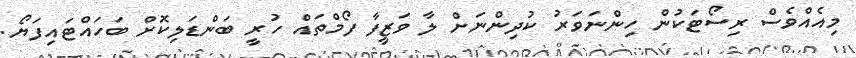
މިއެއްވެސް ރިސޯޓަކުން ހިންނަވަރު ކުދިންނަށް ލާ ވަޒީފާ ފޯމްތައް ހުރީ ބަންޑަލިކޮށް ބަހައްޓައިފަޔޯ.